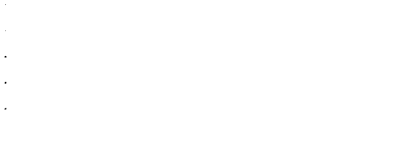
LaTeX: \begin{array} { c } { { . } } \\ { { . } } \\ { { . } } \\ { { . } } \\ { { { } . } } \\ \end{array}